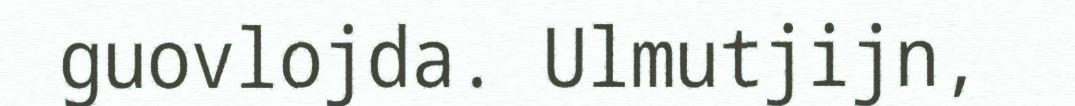
guovlojda. Ulmutjijn,